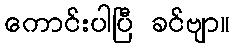
ကောင်းပါပြီ ခင်ဗျာ။